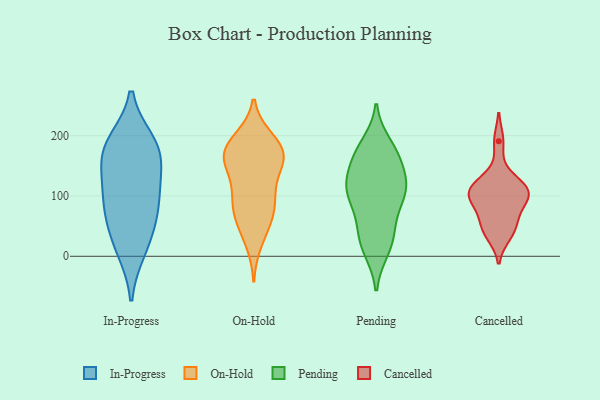
{"axis": {"x": "Budget (USD K)", "y": "Value"}, "legend": ["Cancelled", "In-Progress", "On-Hold", "Pending"], "data": [{"x": "", "y": 101, "type": "In-Progress"}, {"x": "", "y": 124, "type": "In-Progress"}, {"x": "", "y": 77, "type": "In-Progress"}, {"x": "", "y": 29, "type": "In-Progress"}, {"x": "", "y": 75, "type": "In-Progress"}, {"x": "", "y": 163, "type": "In-Progress"}, {"x": "", "y": 12, "type": "In-Progress"}, {"x": "", "y": 169, "type": "In-Progress"}, {"x": "", "y": 184, "type": "In-Progress"}, {"x": "", "y": 188, "type": "In-Progress"}, {"x": "", "y": 172, "type": "On-Hold"}, {"x": "", "y": 92, "type": "On-Hold"}, {"x": "", "y": 85, "type": "On-Hold"}, {"x": "", "y": 24, "type": "On-Hold"}, {"x": "", "y": 160, "type": "On-Hold"}, {"x": "", "y": 194, "type": "On-Hold"}, {"x": "", "y": 58, "type": "On-Hold"}, {"x": "", "y": 172, "type": "On-Hold"}, {"x": "", "y": 56, "type": "On-Hold"}, {"x": "", "y": 161, "type": "On-Hold"}, {"x": "", "y": 111, "type": "On-Hold"}, {"x": "", "y": 85, "type": "On-Hold"}, {"x": "", "y": 134, "type": "On-Hold"}, {"x": "", "y": 172, "type": "On-Hold"}, {"x": "", "y": 163, "type": "On-Hold"}, {"x": "", "y": 191, "type": "On-Hold"}, {"x": "", "y": 107, "type": "Pending"}, {"x": "", "y": 121, "type": "Pending"}, {"x": "", "y": 171, "type": "Pending"}, {"x": "", "y": 162, "type": "Pending"}, {"x": "", "y": 15, "type": "Pending"}, {"x": "", "y": 11, "type": "Pending"}, {"x": "", "y": 91, "type": "Pending"}, {"x": "", "y": 107, "type": "Pending"}, {"x": "", "y": 48, "type": "Pending"}, {"x": "", "y": 155, "type": "Pending"}, {"x": "", "y": 114, "type": "Pending"}, {"x": "", "y": 185, "type": "Pending"}, {"x": "", "y": 54, "type": "Pending"}, {"x": "", "y": 117, "type": "Pending"}, {"x": "", "y": 108, "type": "Pending"}, {"x": "", "y": 171, "type": "Pending"}, {"x": "", "y": 30, "type": "Pending"}, {"x": "", "y": 106, "type": "Cancelled"}, {"x": "", "y": 35, "type": "Cancelled"}, {"x": "", "y": 43, "type": "Cancelled"}, {"x": "", "y": 115, "type": "Cancelled"}, {"x": "", "y": 106, "type": "Cancelled"}, {"x": "", "y": 191, "type": "Cancelled"}, {"x": "", "y": 100, "type": "Cancelled"}, {"x": "", "y": 69, "type": "Cancelled"}, {"x": "", "y": 130, "type": "Cancelled"}, {"x": "", "y": 54, "type": "Cancelled"}, {"x": "", "y": 91, "type": "Cancelled"}, {"x": "", "y": 106, "type": "Cancelled"}]}